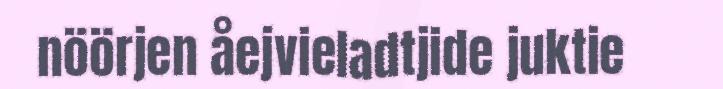
nöörjen åejvieladtjide juktie